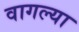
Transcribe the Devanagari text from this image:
वागल्या